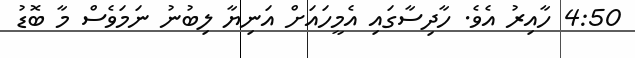
4:50 ހާއިރު އެވެ. ހާދިސާގައި އެމީހައަށް އަނިޔާ ލިބުނު ނަމަވެސް މާ ބޮޑު